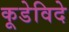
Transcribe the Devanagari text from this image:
कूडेविदे